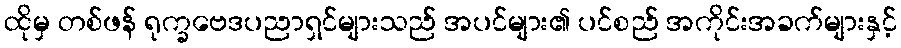
ထိုမှ တစ်ဖန် ရုက္ခဗေဒပညာရှင်များသည် အပင်များ၏ ပင်စည် အကိုင်းအခက်များနှင့်